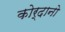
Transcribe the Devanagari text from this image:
कोर्दानो